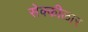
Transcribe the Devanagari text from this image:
सेक्कीळार